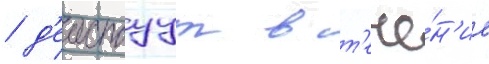
/ д'еиствуут в т'ече́н'ие